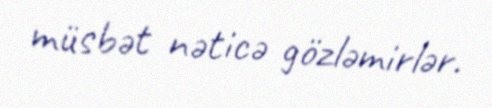
müsbət nəticə gözləmirlər.